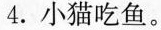
4.小猫吃鱼。